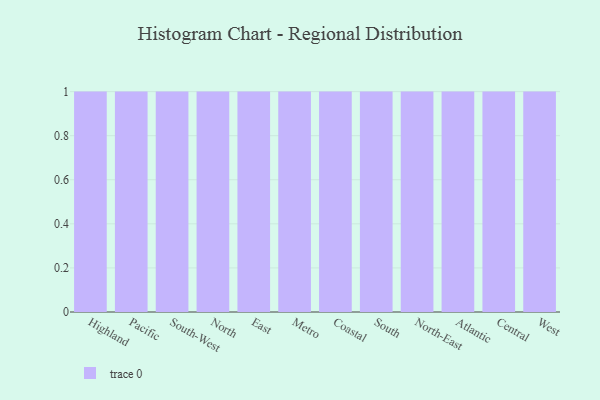
{"axis": {"x": "Region", "y": "Production Output"}, "legend": [""], "data": [{"x": "Highland", "y": 80, "type": ""}, {"x": "Pacific", "y": 100, "type": ""}, {"x": "South-West", "y": 34, "type": ""}, {"x": "North", "y": 65, "type": ""}, {"x": "East", "y": 85, "type": ""}, {"x": "Metro", "y": 40, "type": ""}, {"x": "Coastal", "y": 87, "type": ""}, {"x": "South", "y": 57, "type": ""}, {"x": "North-East", "y": 59, "type": ""}, {"x": "Atlantic", "y": 76, "type": ""}, {"x": "Central", "y": 28, "type": ""}, {"x": "West", "y": 80, "type": ""}]}